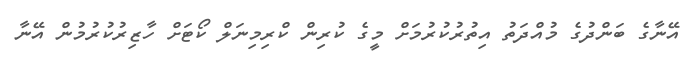
އޭނާގެ ބަންދުގެ މުއްދަތު އިތުރުކުރުމަށް މީގެ ކުރިން ކްރިމިނަލް ކޯޓަށް ހާޒިރުކުރުމުން އޭނާ